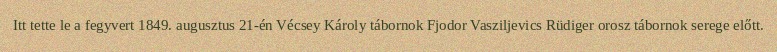
Itt tette le a fegyvert 1849. augusztus 21-én Vécsey Károly tábornok Fjodor Vasziljevics Rüdiger orosz tábornok serege előtt.